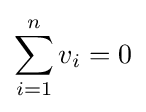
\sum _{i=1}^{n}v_{i}=0